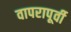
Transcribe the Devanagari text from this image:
वापरापूर्वी